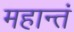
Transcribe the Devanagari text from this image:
महान्तं